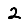
Digit: 2